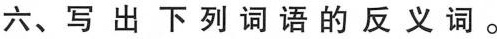
六、写出下列词语的反义词。